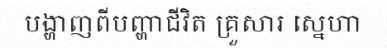
បង្ហាញពីបញ្ហាជីវិត គ្រួសារ ស្នេហា